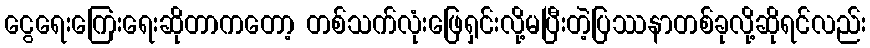
ငွေရေးကြေးရေးဆိုတာကတော့ တစ်သက်လုံးဖြေရှင်းလို့မပြီးတဲ့ပြဿနာတစ်ခုလို့ဆိုရင်လည်း